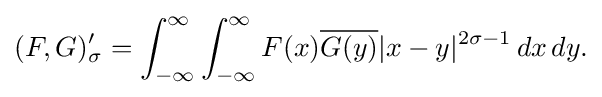
\displaystyle {(F,G)_{\sigma }^{\prime }=\int _{-\infty }^{\infty }\int _{-\infty }^{\infty }F(x){\overline {G(y)}}|x-y|^{2\sigma -1}\,dx\,dy.}